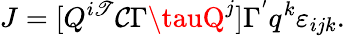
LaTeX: J=[Q^{i\mathscr{T}}\mathcal{C}\Gamma\tauQ^{j}]\Gamma^{'}q^{k}\varepsilon_{ijk}.